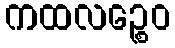
ကထလဉ္စေဝ